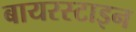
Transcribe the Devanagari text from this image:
बायरस्टाइन